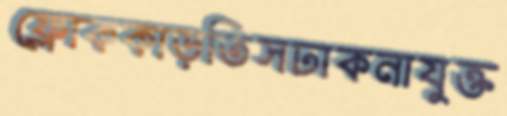
ফ্লোককাড়তিসঢাকনাযুক্ত